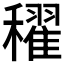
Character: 𥣞